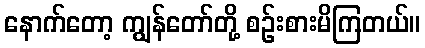
နောက်တော့ ကျွန်တော်တို့ စဉ်းစားမိကြတယ်။